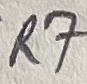
Text: R7